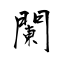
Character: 闌